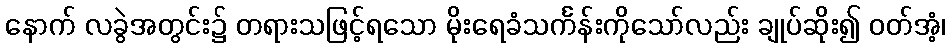
နောက် လခွဲအတွင်း၌ တရားသဖြင့်ရသော မိုးရေခံသင်္ကန်းကိုသော်လည်း ချုပ်ဆိုး၍ ဝတ်အံ့၊